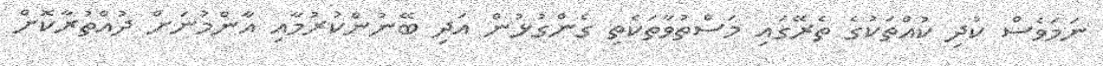
ނަމަވެސް ކުދި ކުއްތަކުގެ ތެރޭގައި މަސްތުވާތަކެތި ގެންގުޅުން އަދި ބޭނުންކުރުމާއި އާންމުނަށް ދުއްްތުރާކޮށް